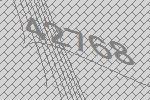
42768